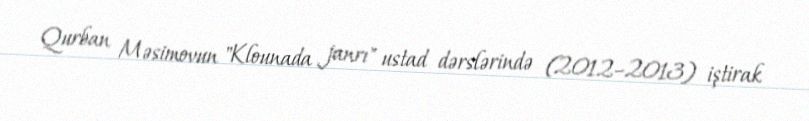
Qurban Məsimovun "Klounada janrı" ustad dərslərində (2012–2013) iştirak